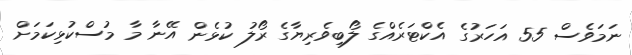
ނަމަވެސް 55 އަހަރުގެ އެކްޓަރެއްގެ ލޯބިވެރިޔާގެ ރޯލު ކުޅެން އޭނާ މާ މުސްކުޅިކަމަށް